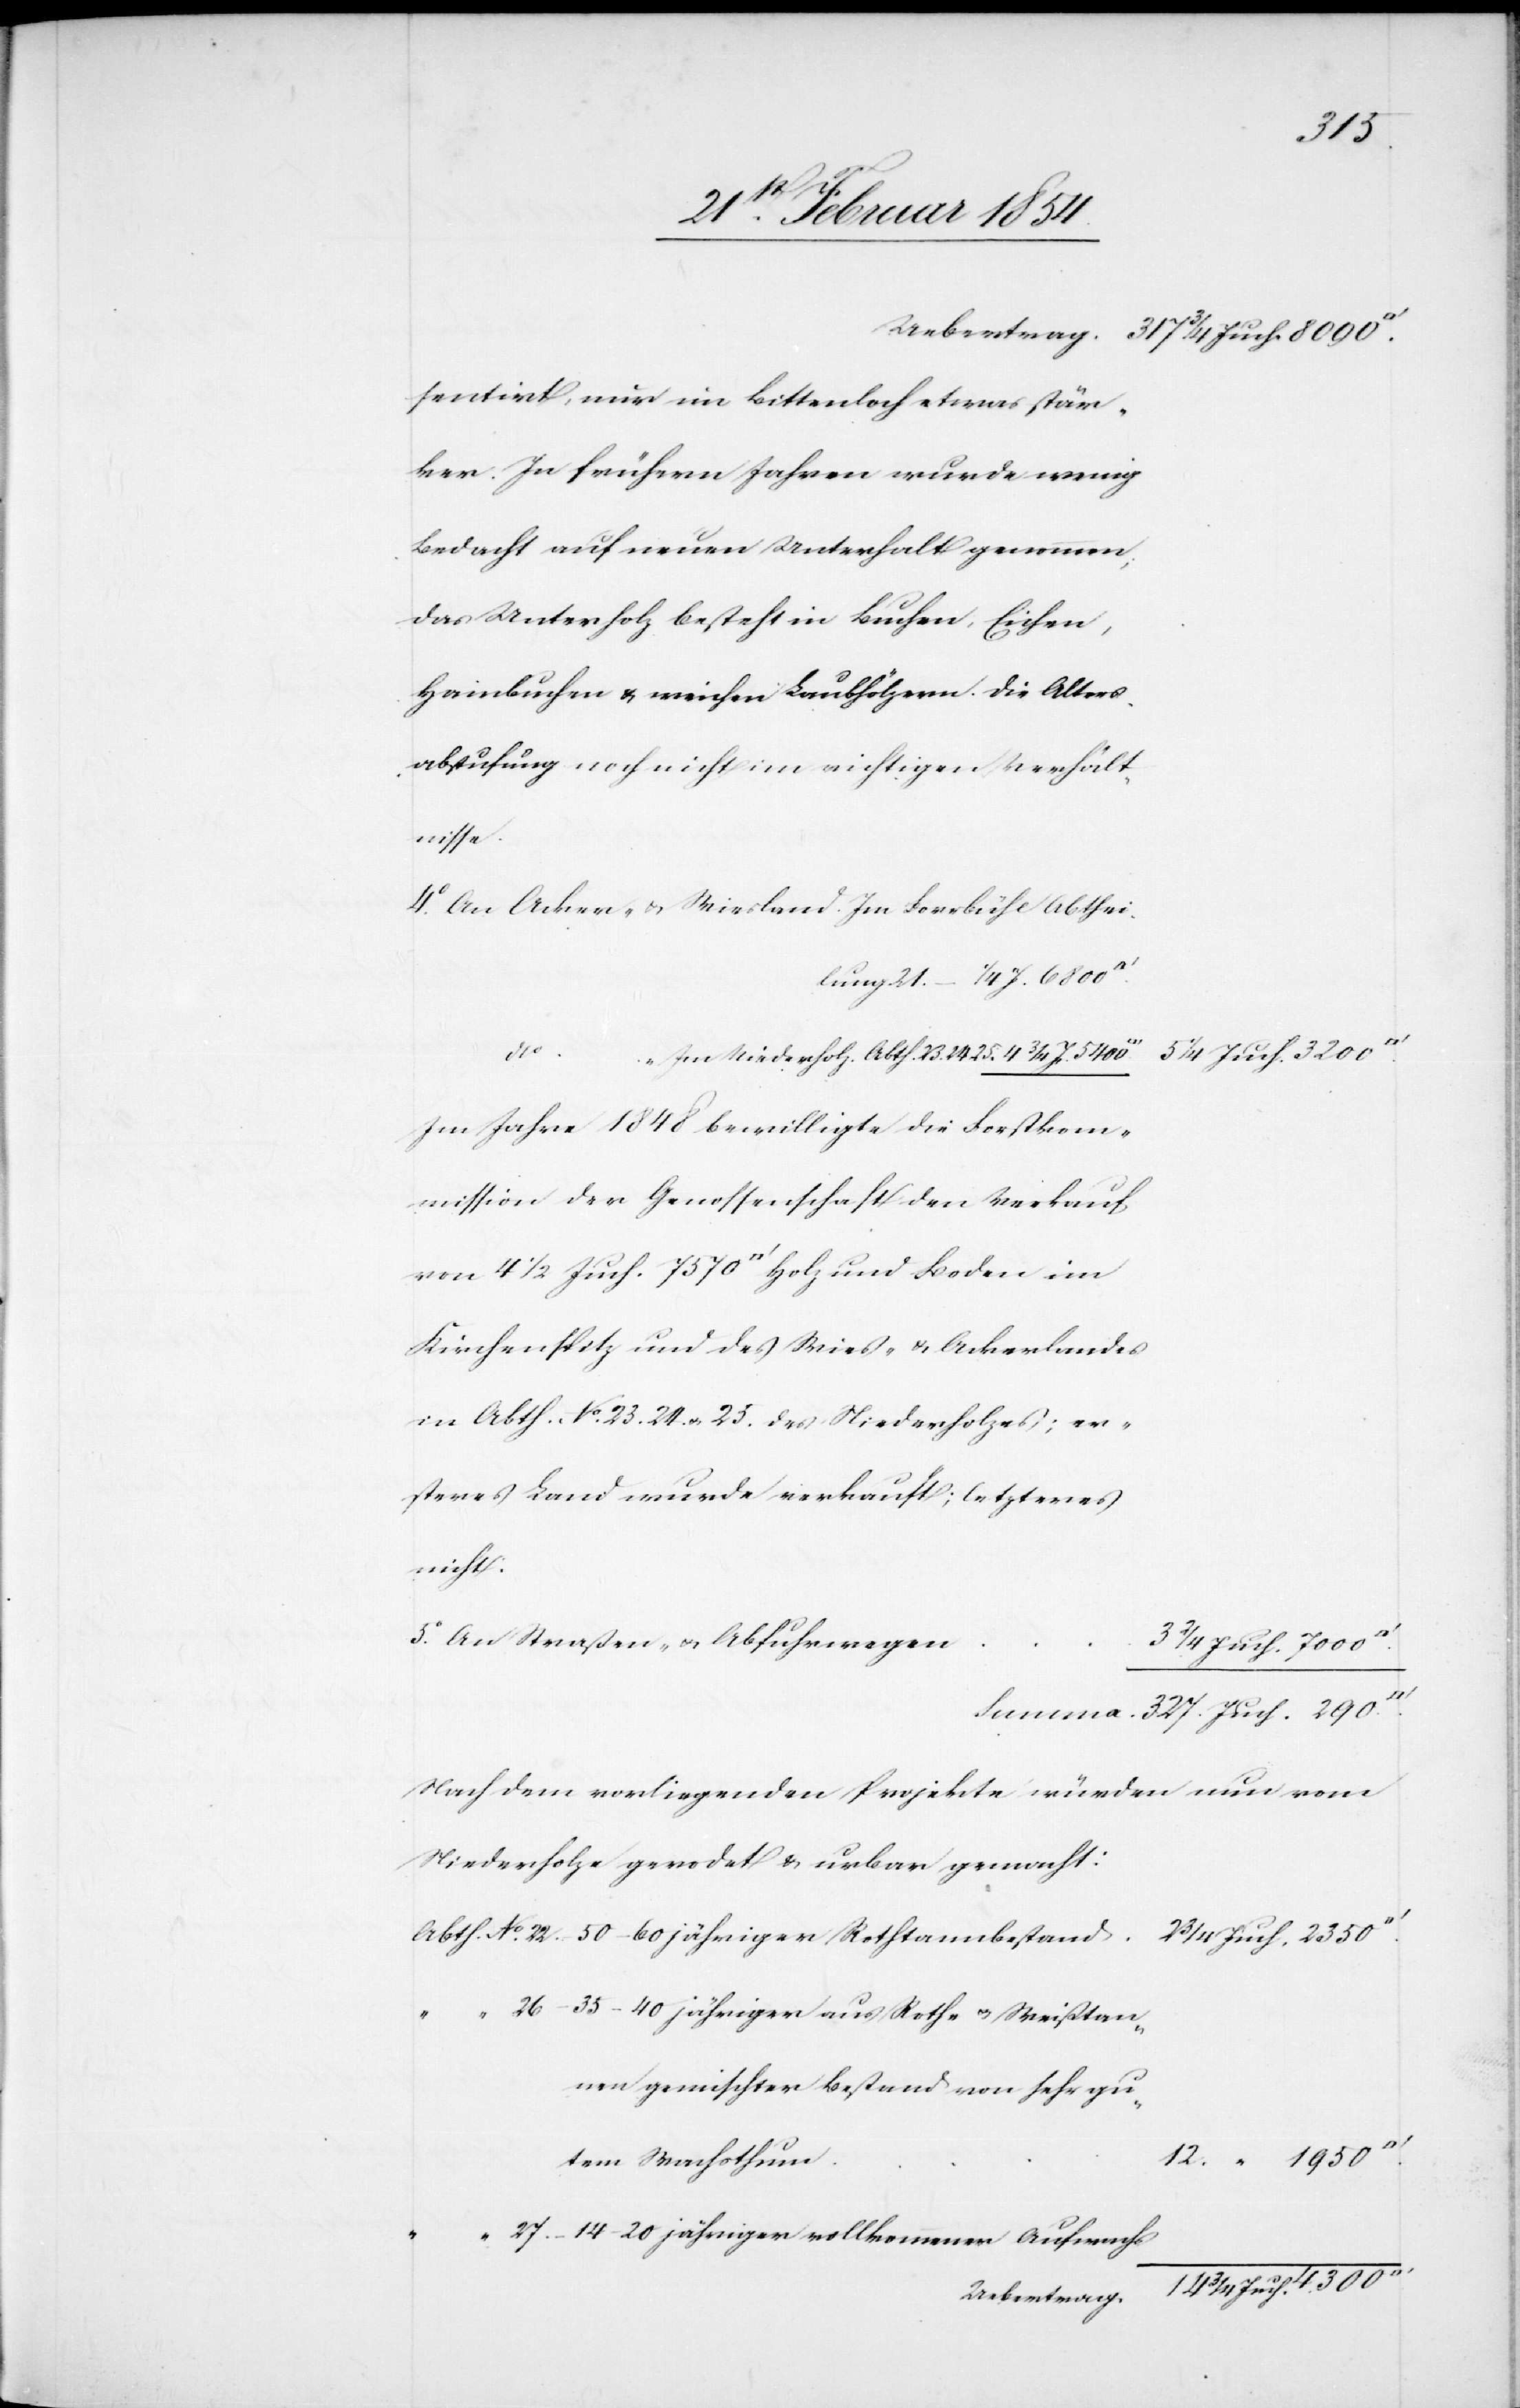
21.
Uebertrag.
317 ¾ Juch. 8090.
sentirt, nur in Bittenloch etwas stär¬
ker. In frühern Jahren wurde wenig
Bedacht auf neuen Unterhalt genommen;
das Unterholz besteht in Buchen, Eichen,
Hainbuchen u. weichen Laubhölzern. Die Alters¬
abstufung noch nicht im richtigen Verhält¬
nisse.
4o An Acker- u. Wiesland. Im Forrbühl Abtheil¬
327. Juch. 290
„
Im Niederholz. Abth. 23.[,] 24.[,] 25.
Im Jahre 1848 bewilligt die Forstkom¬
mission der Genossenschaft den Verkauf
Kirchenspitz und des Wies- u. Ackerlandes
in Abth. No. 23. 24. u. 25. des Niederholzes; er¬
steres Land wurde verkauft; letzteres
nicht.
5o An Straßen- u. Abfuhrwegen
3 2/4 Juch. 7000
Nach dem vorliegenden Projekte würden nun vom
Niederholze gerodet u. urban gemacht:
Abth. No. 22. – 50–60 jähriger Rothtannenbestand.
2 ¾ Juch. 2350.
26 – 35–40 jähriger aus Roth- u. Weißtan¬
gemischter Bestand von sehr gu¬
12. „ 1950
tem Wachsthum
„ 27. – 14–20 jähriger vollkommener Aufwachs